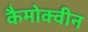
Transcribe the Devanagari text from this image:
कैमोक्वीन